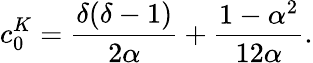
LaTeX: \displaystyle c_{0}^{K}=\frac{\delta(\delta-1)}{2\alpha}+\frac{1-\alpha^{2}}{12\alpha}.